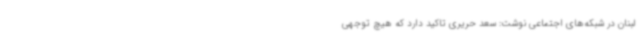
لبنان در شبکه‌های اجتماعی نوشت: سعد حریری تاکید دارد که هیچ توجهی